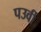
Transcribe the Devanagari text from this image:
पउर्वी